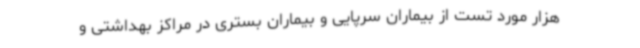
هزار مورد تست از بیماران سرپایی و بیماران بستری در مراکز بهداشتی و